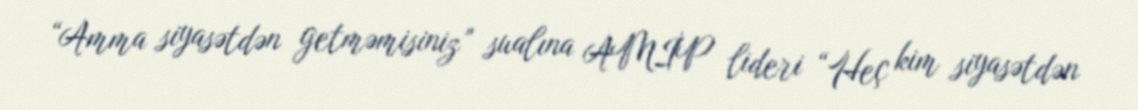
“Amma siyasətdən getməmisiniz” sualına AMİP lideri “Heç kim siyasətdən